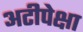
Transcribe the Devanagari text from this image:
अटीपेक्षा